Leaving Certificate, 1900
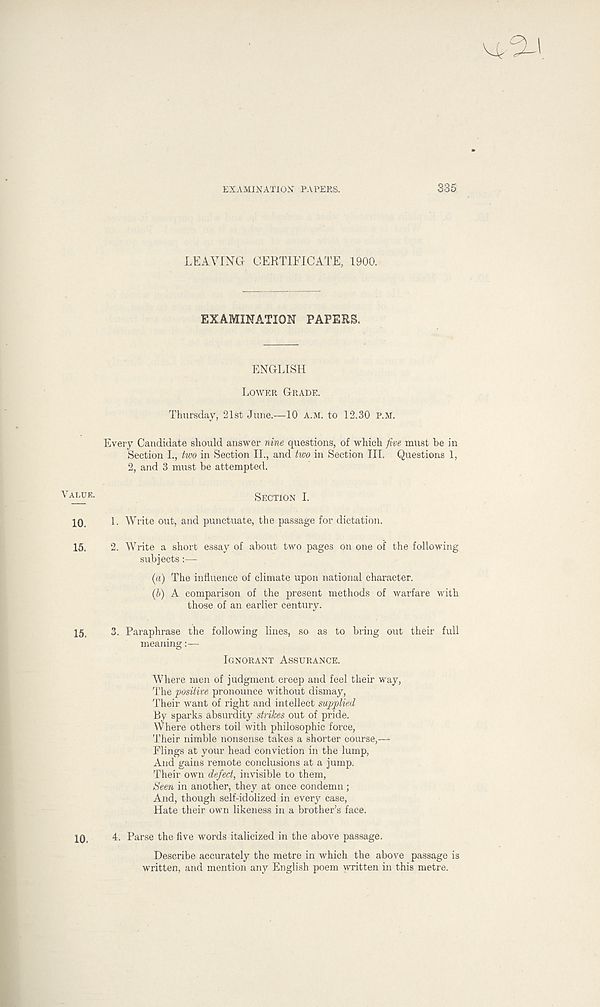
EXAMINATION PAPERS.
335
LEAVING CERTIFICATE, 1900.
EXAMINATION PAPERS,
ENGLISH
LOWER GRADE.
Thursday, 21st June.—10 A.M. to 12.30 P.M.
Every Candidate should answer nine questions, of which five must be in
Section L, two in Section II., and two in Section III. Questions 1,
2, and 3 must be attempted.
Vai ' uk -
SECTION I.
10.
1. Write out, and punctuate, the passage for dictation.
15.
2. Write a short essay of about two pages on one of the following
subjects:—
(a) The influence of climate upon national character.
(£>) A comparison of the present methods of warfare with
those of an earlier century.
15.
3. Paraphrase the following lines, so as to bring out their full
meaning:—
IGNORANT ASSURANCE.
Where men of judgment creep and feel their way,
The positive pronounce without dismay,
Their want of right and intellect supplied
By sparks absurdity strikes out of pride.
Where others toil with philosophic force,
Their nimble nonsense takes a shorter course,—
Flings at your head conviction in the lump,
And gains remote conclusions at a jump.
Their own defect, invisible to them,
Seen in another, they at once condemn ;
And, though self-idolized in every case,
Hate their own likeness in a brother’s face.
10,
4. Parse the five words italicized in the above passage.
Describe accurately the metre in which the above passage is
written, and mention any English poem written in this metre.